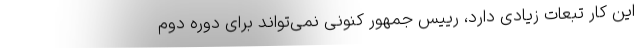
این کار تبعات زیادی دارد، رییس جمهور کنونی نمی‌تواند برای دوره دوم